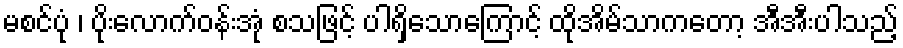
မစင်ပုံ ၊ ပိုးလောက်ဝန်းအုံ စသဖြင့် ပါရှိသောကြောင့် ထိုအိမ်သာကတော့ အီအီးပါသည့်